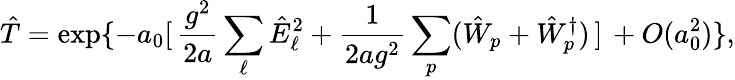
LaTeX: \hat{T}=\exp\{ -a_{0}[\, \frac{g^{2}}{2a}\sum_{\ell}\hat{E}_{\ell}^{2}+\frac{1}{2ag^{2}}\sum_{p}(\hat{W}_{p}+\hat{W}_{p}^{\dagger})\, ]\, +O(a_{0}^{2})\} ,